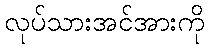
လုပ်သားအင်အားကို